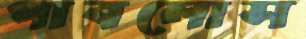
পাবলোস